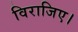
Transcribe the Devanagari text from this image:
विराजिए।